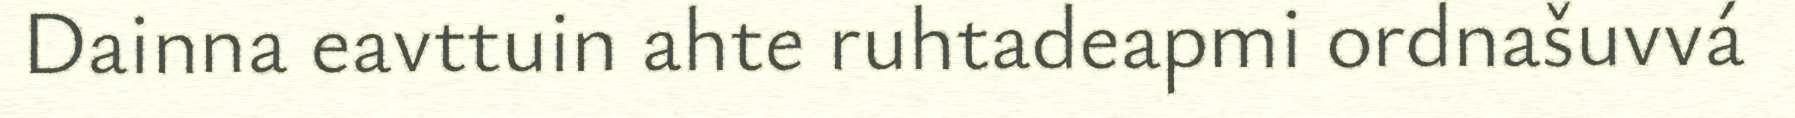
Dainna eavttuin ahte ruhtadeapmi ordnašuvvá